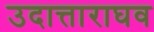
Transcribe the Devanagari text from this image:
उदात्ताराघव